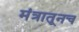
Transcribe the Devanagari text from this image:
मंत्रातूनच